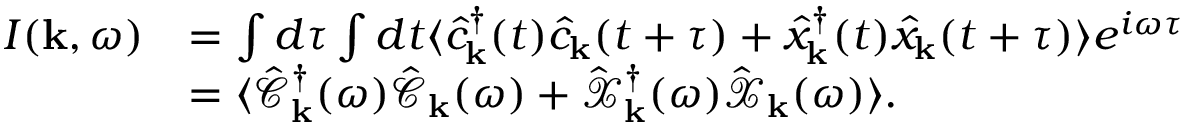
\begin{array} { r l } { I ( { \bf k } , \omega ) } & { = \int d \tau \int d t \langle \hat { c } _ { \bf k } ^ { \dagger } ( t ) \hat { c } _ { \bf k } ( t + \tau ) + \hat { x } _ { \bf k } ^ { \dagger } ( t ) \hat { x } _ { \bf k } ( t + \tau ) \rangle e ^ { i \omega \tau } } \\ & { = \langle \hat { \mathcal { C } } _ { \bf k } ^ { \dagger } ( \omega ) \hat { \mathcal { C } } _ { \bf k } ( \omega ) + \hat { \mathcal { X } } _ { \bf k } ^ { \dagger } ( \omega ) \hat { \mathcal { X } } _ { \bf k } ( \omega ) \rangle . } \end{array}